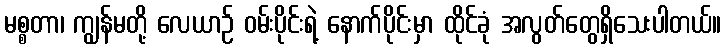
မစ္စတာ၊ ကျွန်မတို့ လေယာဉ် ဝမ်းပိုင်းရဲ့ နောက်ပိုင်းမှာ ထိုင်ခုံ အလွတ်တွေရှိသေးပါတယ်။